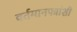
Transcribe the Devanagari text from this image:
वर्तमानपत्रांशी